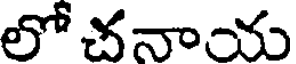
లో చనాయ